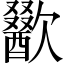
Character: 歠